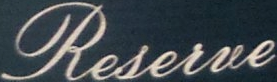
Reserve